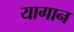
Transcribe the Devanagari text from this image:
यागान